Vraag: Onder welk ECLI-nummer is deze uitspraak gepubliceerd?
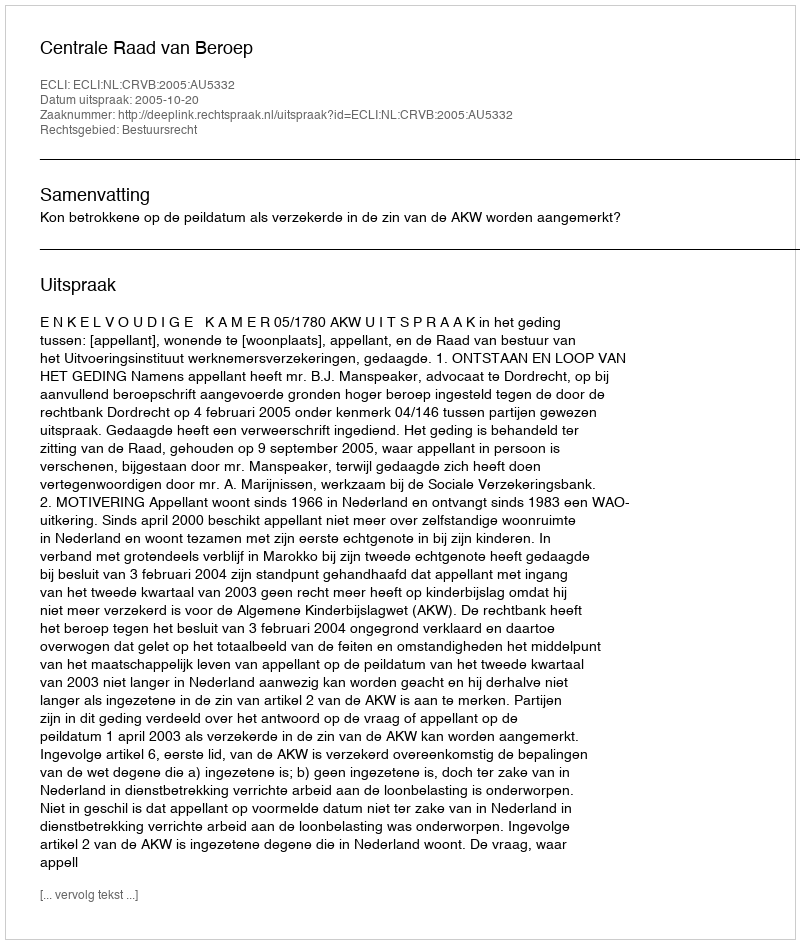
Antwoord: ECLI:NL:CRVB:2005:AU5332